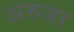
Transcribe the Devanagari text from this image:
अरुजा